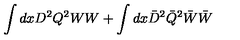
\int { d x D ^ { 2 } Q ^ { 2 } } W W + \int { d x \bar { D } ^ { 2 } \bar { Q } ^ { 2 } } \bar { W } \bar { W }